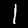
Digit: 1